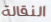
النقالة